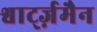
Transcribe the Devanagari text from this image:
श्वार्ट्ज़मैन